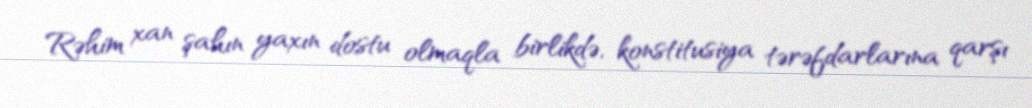
Rəhim xan şahın yaxın dostu olmaqla birlikdə, konstitusiya tərəfdarlarına qarşı